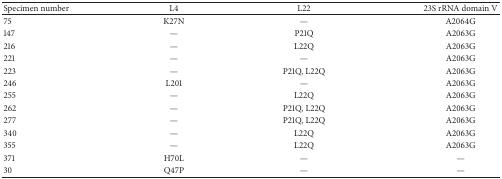
<table><thead><tr><td><b>Specimen number</b></td><td><b>L4</b></td><td><b>L22</b></td><td><b>23S rRNA domain V</b></td></tr></thead><tbody><tr><td>75</td><td>K27N</td><td>—</td><td>A2064G</td></tr><tr><td>147</td><td>—</td><td>P21Q</td><td>A2063G</td></tr><tr><td>216</td><td>—</td><td>L22Q</td><td>A2063G</td></tr><tr><td>221</td><td>—</td><td>—</td><td>A2063G</td></tr><tr><td>223</td><td>—</td><td>P21Q, L22Q</td><td>A2063G</td></tr><tr><td>246</td><td>L201</td><td>—</td><td>A2063G</td></tr><tr><td>255</td><td>—</td><td>L22Q</td><td>A2063G</td></tr><tr><td>262</td><td>—</td><td>P21Q, L22Q</td><td>A2063G</td></tr><tr><td>277</td><td>—</td><td>P21Q, L22Q</td><td>A2063G</td></tr><tr><td>340</td><td>—</td><td>L22Q</td><td>A2063G</td></tr><tr><td>355</td><td>—</td><td>L22Q</td><td>A2063G</td></tr><tr><td>371</td><td>H70L</td><td>—</td><td>—</td></tr><tr><td>30</td><td>Q47P</td><td>—</td><td>—</td></tr></tbody></table>